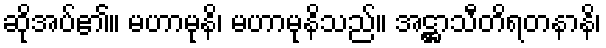
ဆိုအပ်၏။ မဟာမုနိ၊ မဟာမုနိသည်။ အဋ္ဌာသီတိရတနာနိ၊